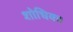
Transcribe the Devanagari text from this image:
शोधिका